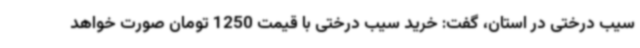
سیب درختی در استان، گفت: خرید سیب درختی با قیمت 1250 تومان صورت خواهد